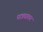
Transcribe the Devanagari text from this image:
पात्रधावन